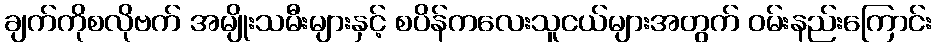
ချက်ကိုစလိုဗက် အမျိုးသမီးများနှင့် စပိန်ကလေးသူငယ်များအတွက် ဝမ်းနည်းကြောင်း